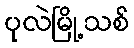
ပုလဲမြို့သစ်